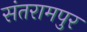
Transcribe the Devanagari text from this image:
संतरामपुर